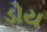
ડોય